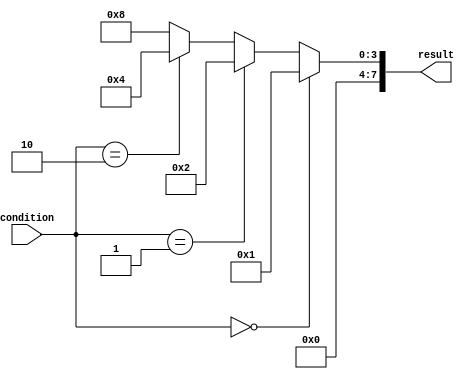
module if_else_ladder (
    input [3:0] condition,
    output reg [7:0] result
);

always @(condition) begin
    if (condition == 4'b0000) begin
        // block of code for condition 1
        result <= 8'b00000001;
    end
    else if (condition == 4'b0001) begin
        // block of code for condition 2
        result <= 8'b00000010;
    end
    else if (condition == 4'b0010) begin
        // block of code for condition 3
        result <= 8'b00000100;
    end
    else begin
        // block of code for default case
        result <= 8'b00001000;
    end
end

endmodule